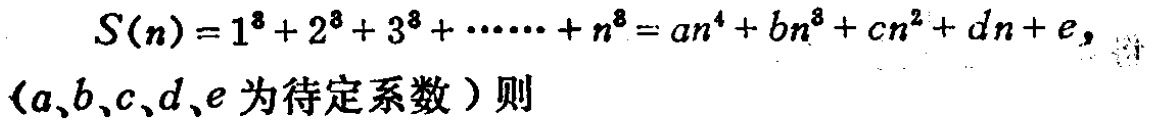
\[
S(n)=1^{3}+2^{3}+3^{3}+\cdots +n^{3}=an^{4}+bn^{3}+cn^{2}+dn + e,
\]
（\(a,b,c,d,e\)为待定系数）则